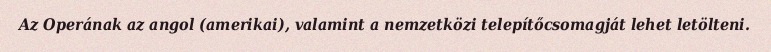
Az Operának az angol (amerikai), valamint a nemzetközi telepítőcsomagját lehet letölteni.